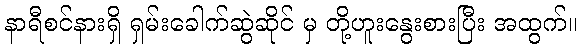
နာရီစင်နားရှိ ရှမ်းခေါက်ဆွဲဆိုင် မှ တို့ဟူးနွေးစားပြီး အထွက်။